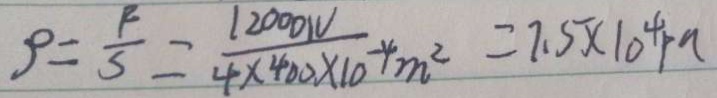
\rho = \frac { R } { S } = \frac { 1 2 0 0 0 1 v } { 4 \times 4 0 0 \times 1 0 } - 4 m ^ { 2 } = 7 . 5 \times 1 0 ^ { 4 } p a